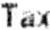
TAX